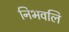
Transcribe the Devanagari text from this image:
निभवलि